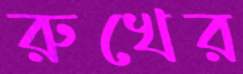
রুখের